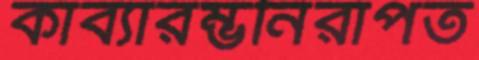
কাব্যারম্ভনিরাপত